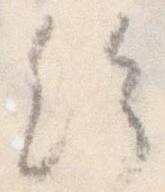
給